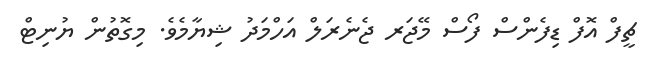
ޗީފް އޮފް ޑިފެންސް ފޯސް މޭޖަރ ޖެނެރަލް އަހްމަދު ޝިޔާމެވެ. މިގޮތުން ޔުނިޓް